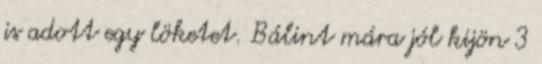
is adott egy löketet. Bálint mára jól kijön 3